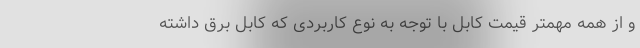
و از همه مهمتر قیمت کابل با توجه به نوع کاربردی که کابل برق داشته